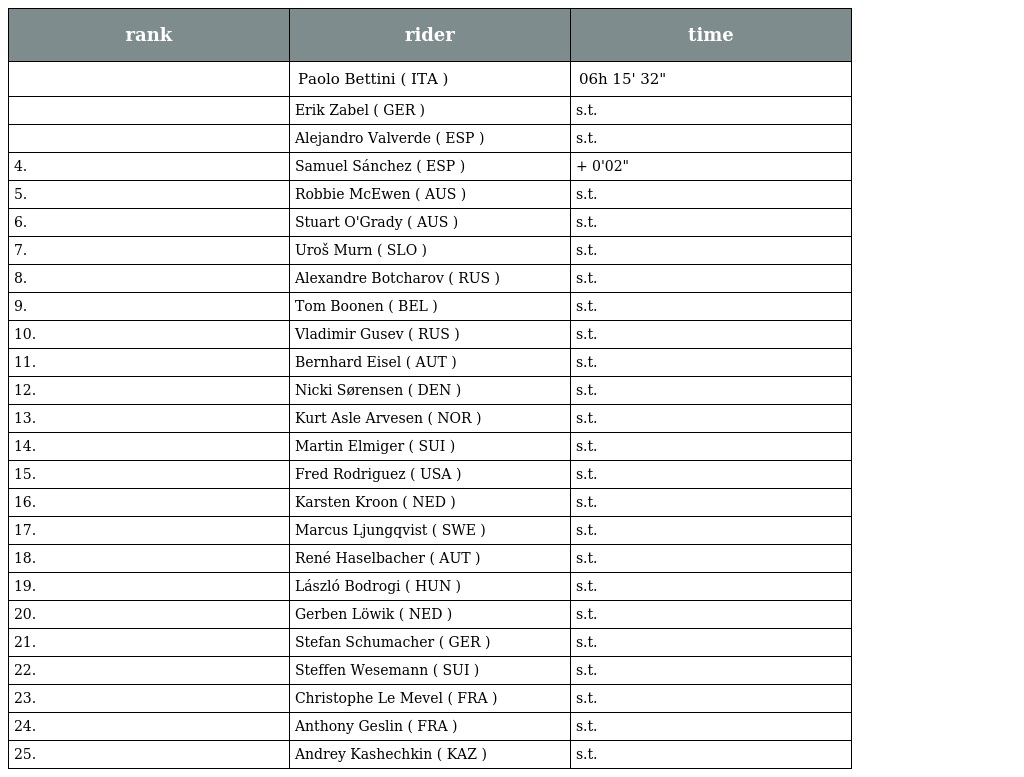
| rank | rider | time |
 | --- | --- | --- |
 |  | Paolo Bettini ( ITA ) | 06h 15' 32" |
 |  | Erik Zabel ( GER ) | s.t. |
 |  | Alejandro Valverde ( ESP ) | s.t. |
 | 4. | Samuel Sánchez ( ESP ) | + 0'02" |
 | 5. | Robbie McEwen ( AUS ) | s.t. |
 | 6. | Stuart O'Grady ( AUS ) | s.t. |
 | 7. | Uroš Murn ( SLO ) | s.t. |
 | 8. | Alexandre Botcharov ( RUS ) | s.t. |
 | 9. | Tom Boonen ( BEL ) | s.t. |
 | 10. | Vladimir Gusev ( RUS ) | s.t. |
 | 11. | Bernhard Eisel ( AUT ) | s.t. |
 | 12. | Nicki Sørensen ( DEN ) | s.t. |
 | 13. | Kurt Asle Arvesen ( NOR ) | s.t. |
 | 14. | Martin Elmiger ( SUI ) | s.t. |
 | 15. | Fred Rodriguez ( USA ) | s.t. |
 | 16. | Karsten Kroon ( NED ) | s.t. |
 | 17. | Marcus Ljungqvist ( SWE ) | s.t. |
 | 18. | René Haselbacher ( AUT ) | s.t. |
 | 19. | László Bodrogi ( HUN ) | s.t. |
 | 20. | Gerben Löwik ( NED ) | s.t. |
 | 21. | Stefan Schumacher ( GER ) | s.t. |
 | 22. | Steffen Wesemann ( SUI ) | s.t. |
 | 23. | Christophe Le Mevel ( FRA ) | s.t. |
 | 24. | Anthony Geslin ( FRA ) | s.t. |
 | 25. | Andrey Kashechkin ( KAZ ) | s.t. |